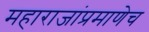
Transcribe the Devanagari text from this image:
महाराजांप्रमाणेच